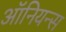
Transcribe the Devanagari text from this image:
ऑनियन्स